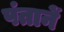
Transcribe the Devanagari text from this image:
पंतानें